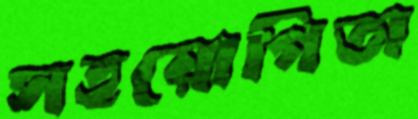
সহয়োগিতা